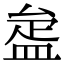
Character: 𥁱